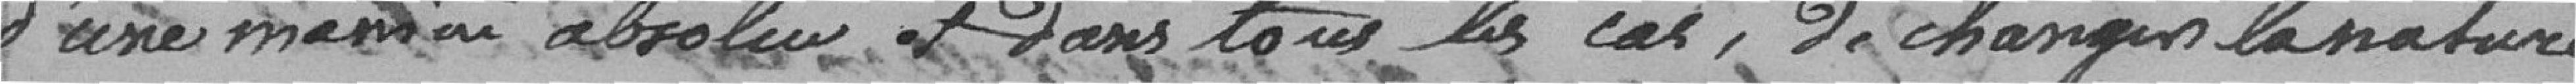
d'une manière absolue et dans tous les cas, de changer la nature